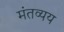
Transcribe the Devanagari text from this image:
मंतव्यय